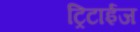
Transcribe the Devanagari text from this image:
ट्रिटाईज